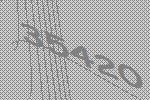
35420